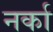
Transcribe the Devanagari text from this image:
नर्का